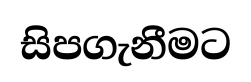
සිපගැනීමට